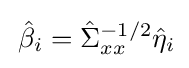
\,{\hat {\beta }}_{i}={\hat {\Sigma }}_{xx}^{-1/2}{\hat {\eta }}_{i}